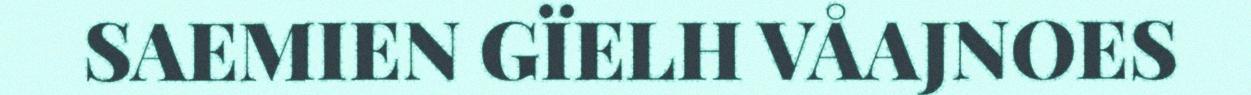
SAEMIEN GÏELH VÅAJNOES